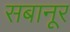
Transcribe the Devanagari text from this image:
सबानूर